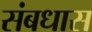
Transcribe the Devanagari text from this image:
संबधास